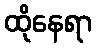
ထိုနေရာ